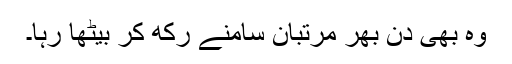
وہ بھی دن بھر مرتبان سامنے رکھ کر بیٹھا رہا۔